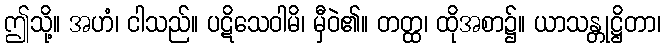
ဤသို့။ အဟံ၊ ငါသည်။ ပဋိသေဝါမိ၊ မှီဝဲ၏။ တတ္ထ၊ ထိုအစာ၌။ ယာသန္တုဋ္ဌိတာ၊